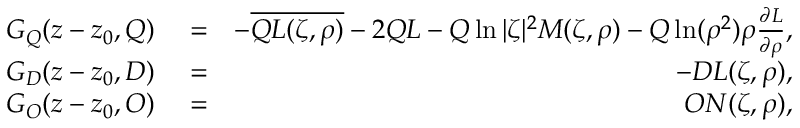
\begin{array} { r l r } { G _ { Q } ( z - z _ { 0 } , Q ) } & { { } = } & { - \overline { { Q L ( \zeta , \rho ) } } - 2 Q L - Q \ln | \zeta | ^ { 2 } M ( \zeta , \rho ) - Q \ln ( \rho ^ { 2 } ) \rho \frac { \partial L } { \partial \rho } , } \\ { G _ { D } ( z - z _ { 0 } , D ) } & { { } = } & { - D L ( \zeta , \rho ) , } \\ { G _ { O } ( z - z _ { 0 } , O ) } & { { } = } & { O N ( \zeta , \rho ) , } \end{array}